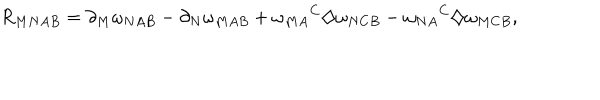
R _ { M N A B } = \partial _ { M } \omega _ { N A B } - \partial _ { N } \omega _ { M A B } + { \omega _ { M A } } ^ { C } \diamondsuit \omega _ { N C B } - { \omega _ { N A } } ^ { C } \diamondsuit \omega _ { M C B } ,